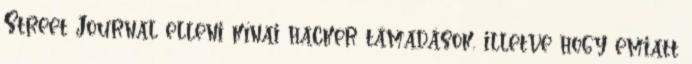
Street Journal elleni kínai hacker támadások, illetve hogy emiatt